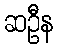
ဆဦန